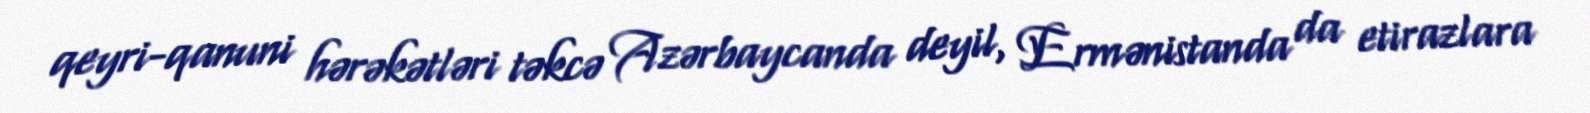
qeyri-qanuni hərəkətləri təkcə Azərbaycanda deyil, Ermənistanda da etirazlara